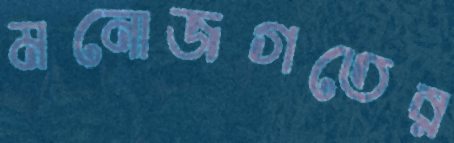
মনোজগতের